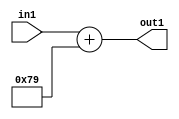
`timescale 1ps / 1ps
/*****************************************************************************
    Verilog RTL Description
    
    
    Created by: Stratus DpOpt 2019.1.01 
*******************************************************************************/

module DC_Filter_Add_12U_236_1 (
	in1,
	out1
	); /* architecture "behavioural" */ 
input [11:0] in1;
output [11:0] out1;
wire [11:0] asc001;

assign asc001 = 
	+(in1)
	+(12'B000001111001);

assign out1 = asc001;
endmodule

/* CADENCE  urj4Qww= : u9/ySgnWtBlWxVPRXgAZ4Og= ** DO NOT EDIT THIS LINE ******/